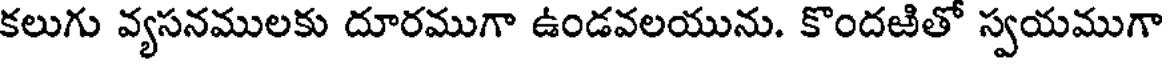
కలుగు వ్యసనములకు దూరముగా ఉండవలయును. కొందజితో స్వయముగా